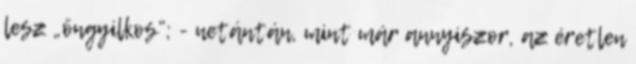
lesz „öngyil­kos”; - netán­tán, mint már annyiszor, az éretlen